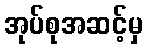
အုပ်စုအဆင့်မှ